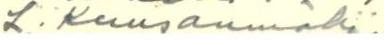
L. Kuusanmäki: